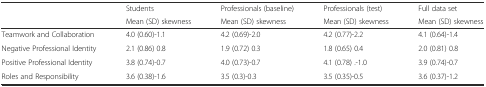
<table><thead><tr><td rowspan="2"></td><td><b>Students</b></td><td><b>Professionals (baseline)</b></td><td><b>Professionals (test)</b></td><td><b>Full data set</b></td></tr><tr><td><b>Mean (SD) skewness</b></td><td><b>Mean (SD) skewness</b></td><td><b>Mean (SD) skewness</b></td><td><b>Mean (SD) skewness</b></td></tr></thead><tbody><tr><td>Teamwork and Collaboration</td><td>4.0 (0.60)-1.1</td><td>4.2 (0.69)-2.0</td><td>4.2 (0.77)-2.2</td><td>4.1 (0.64)-1.4</td></tr><tr><td>Negative Professional Identity</td><td>2.1 (0.86) 0.8</td><td>1.9 (0.72) 0.3</td><td>1.8 (0.65) 0.4</td><td>2.0 (0.81) 0.8</td></tr><tr><td>Positive Professional Identity</td><td>3.8 (0.74)-0.7</td><td>4.0 (0.73)-0.7</td><td>4.1 (0.78) .-1.0</td><td>3.9 (0.74)-0.7</td></tr><tr><td>Roles and Responsibility</td><td>3.6 (0.38)-1.6</td><td>3.5 (0.3)-0.3</td><td>3.5 (0.35)-0.5</td><td>3.6 (0.37)-1.2</td></tr></tbody></table>